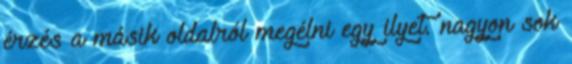
érzés a másik oldalról megélni egy ilyet. nagyon sok